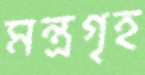
মন্ত্রগৃহ